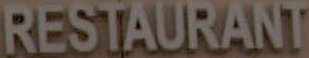
RESTAURANT